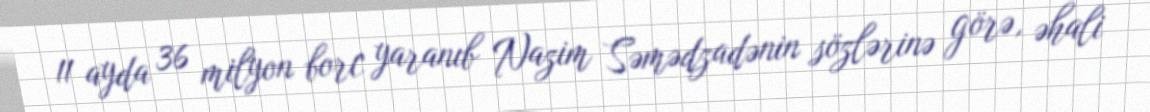
11 ayda 36 milyon borc yaranıb Nazim Səmədzadənin sözlərinə görə, əhali